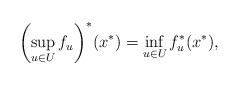
LaTeX: \begin{align*}{\left( {\mathop {\sup }\limits_{u\in U}{f_{u}}}\right) ^{\ast }}({x^{\ast }})=\mathop {\inf }\limits_{u\in U}f_{u}^{\ast }({x^{\ast }}), \end{align*}